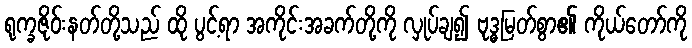
ရုက္ခဇိုဝ်းနတ်တို့သည် ထို ပွင့်ရာ အကိုင်းအခက်တို့ကို လှုပ်ချ၍ ဗုဒ္ဓမြတ်စွာ၏ ကိုယ်တော်ကို